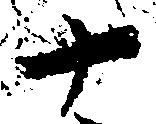
十